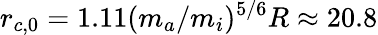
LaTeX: r_{c,0}=1.11(m_{a}/m_{i})^{5/6}R\approx 20.8